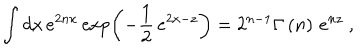
\int d x \, e ^ { 2 n x } \exp \left( - \frac { 1 } { 2 } \, e ^ { 2 x - z } \right) = 2 ^ { n - 1 } \Gamma \left( n \right) \, e ^ { n z } ~ ,